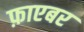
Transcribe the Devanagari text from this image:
फ़ाएबर